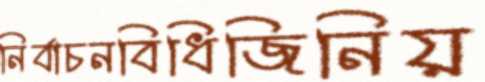
নির্বাচনবিধিজিনিয়